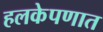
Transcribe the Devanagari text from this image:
हलकेपणात